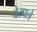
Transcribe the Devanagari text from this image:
बेस्पले